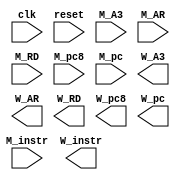
module W_Reg (
    //input
    input clk,
    input reset,
    input [31:0] M_instr,
    input [4:0] M_A3,
    input [31:0] M_AR,
    input [31:0] M_RD,
    input [31:0] M_pc8,
    input [31:0] M_pc,
    //output
    output [31:0] W_instr,
    output [4:0] W_A3,
    output [31:0] W_AR,
    output [31:0] W_RD,
    output [31:0] W_pc8,
    output [31:0] W_pc
);

    //temp
    reg [31:0] W_instr_reg,W_AR_reg,W_RD_reg,W_pc8_reg,W_pc_reg ;
    reg [4:0] W_A3_reg;
    
    always @(posedge clk ) begin
        if (reset) begin
            W_instr_reg <= 32'h0000_0000;
            W_A3_reg <= 5'b00000;
            W_AR_reg <= 32'h0000_0000;
            W_RD_reg <= 32'h0000_0000;
            W_pc8_reg <= 32'h0000_3008;
            W_pc_reg <= 32'h0000_3000;
        end
        else begin
            W_instr_reg <= M_instr;
            W_A3_reg <= M_A3;
            W_AR_reg <= M_AR;
            W_RD_reg <= M_RD;
            W_pc8_reg <= M_pc8;
            W_pc_reg <= M_pc;
        end
    end
    
endmodule